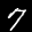
Label: 7